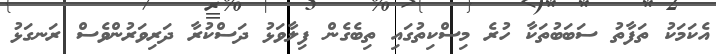
އެކަމަކު ތަފާތު ސަބަބުތަކާ ހުރެ މިސްކިތުގައި ތިބެގެން ފިލާވަޅު ދަސްކުރާ ދަރިވަރުންވެސް ރަނގަޅު